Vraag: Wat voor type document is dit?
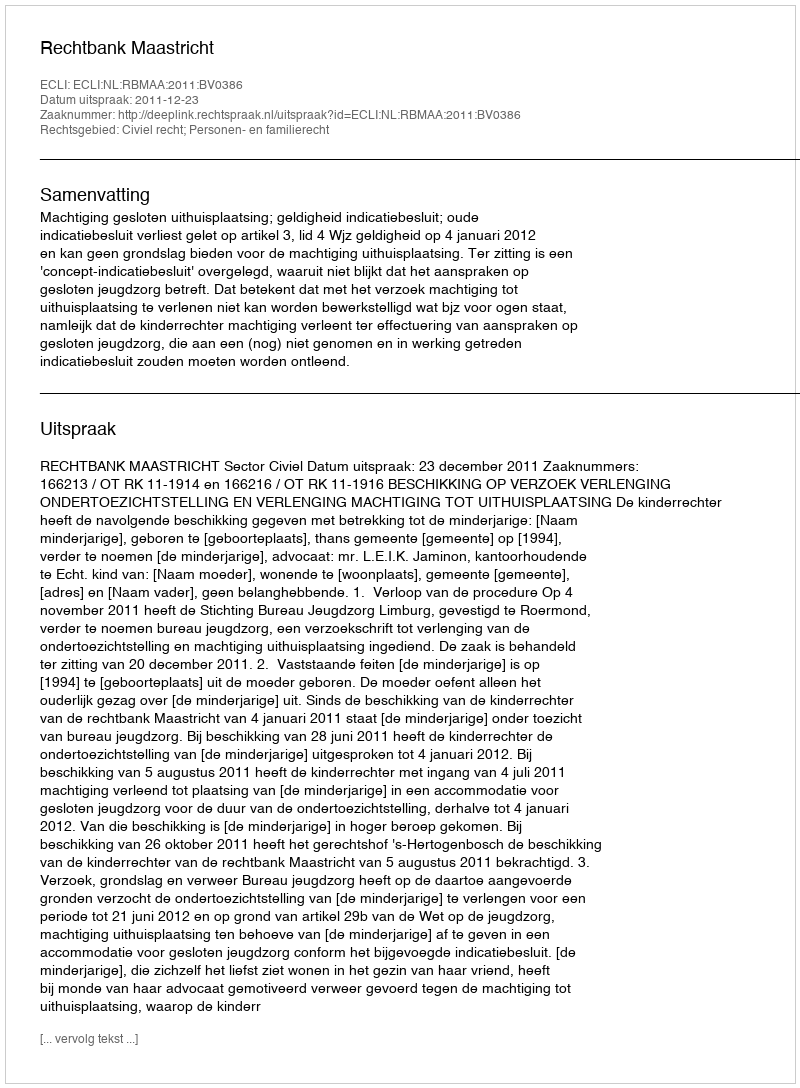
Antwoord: Uitspraak